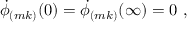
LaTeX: \dot { \phi } _ { ( m k ) } ( 0 ) = \dot { \phi } _ { ( m k ) } ( \infty ) = 0 ~ ,